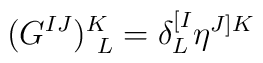
(G^{IJ})^K_{~L}=\delta^{[I}_L\eta^{J]K}